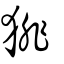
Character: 猅